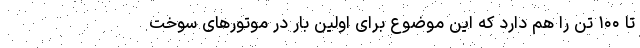
تا ۱۰۰ تن را هم دارد که این موضوع برای اولین بار در موتورهای سوخت